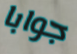
جوابا